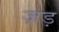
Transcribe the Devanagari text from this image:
ज़ड़